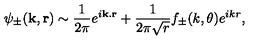
\psi _ { \pm } ( \mathbf { k } , \mathbf { r } ) \sim \frac { 1 } { 2 \pi } e ^ { i \mathbf { k } . \mathbf { r } } + \frac { 1 } { 2 \pi \sqrt { r } } f _ { \pm } ( k , \theta ) e ^ { i k r } ,